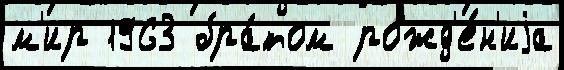
м'ир 1963 бра́том рожд'е́н'иjа